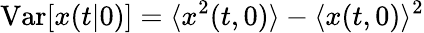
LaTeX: \mathrm{Var}[x(t|0)]=\langle x^{2}(t,0)\rangle-\langle x(t,0)\rangle^{2}